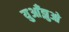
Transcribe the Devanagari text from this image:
युआँझुओ